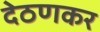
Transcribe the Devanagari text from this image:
देठणकर